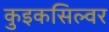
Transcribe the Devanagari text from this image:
कुइकसिल्वर